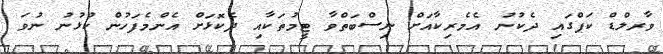
ވާރލްޑް ކަޕްގައި ދެކުނު އެމެރިކާއަށް ނިސްބަތްވާ ޓީމުތަކާއި ދެކޮޅަށް އެންމެފަހުން ކުޅުނު ނުވަ